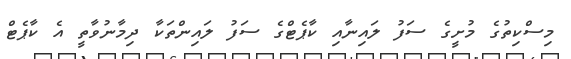
މިސްކިތުގެ މުށީގެ ސަފު ލައިނާއި ކާޕެޓްގެ ސަފު ލައިންތަކާ ދިމާނުވާތީ އެ ކާޕެޓް